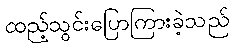
ထည့်သွင်းပြောကြားခဲ့သည်